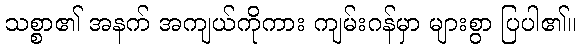
သစ္စာ၏ အနက် အကျယ်ကိုကား ကျမ်းဂန်မှာ များစွာ ပြပါ၏။